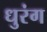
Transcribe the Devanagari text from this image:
धुरंग